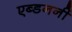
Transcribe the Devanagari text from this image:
एब्डननीं